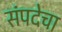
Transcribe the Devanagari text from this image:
संपदेचा